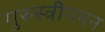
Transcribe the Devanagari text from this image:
गुरुस्त्रीगमन